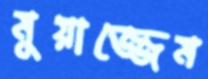
মুয়াজ্জেম